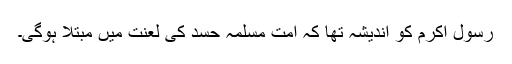
رسول اکرمؐ کو اندیشہ تھا کہ اُمت مسلمہ حسد کی لعنت میں مبتلا ہوگی۔